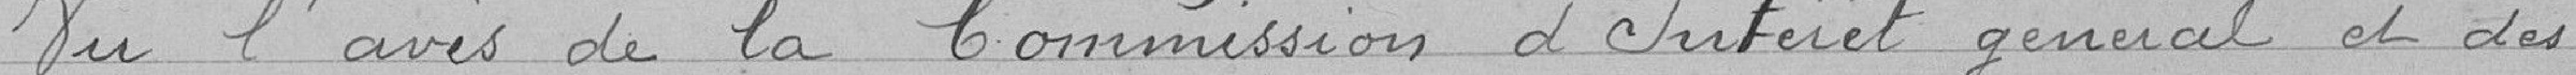
Vu l'avis de la Commission d'Intérêt général et des